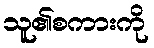
သူ၏စကားကို